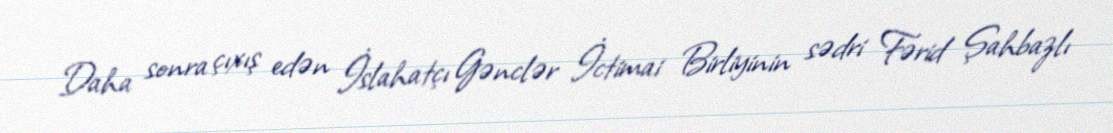
Daha sonra çıxış edən İslahatçı Gənclər İctimai Birliyinin sədri Fərid Şahbazlı